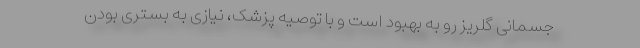
جسمانی گلریز رو به بهبود است و با توصیه پزشک، نیازی به بستری بودن